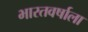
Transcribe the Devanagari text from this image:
भारतवर्षाला